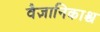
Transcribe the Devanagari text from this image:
वैज्ञानिकाश्च